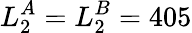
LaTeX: L_{2}^{A}=L_{2}^{B}=405